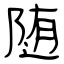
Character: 随